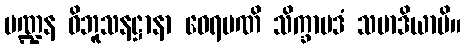
မဏ္ဍန ဝိဘူသနဋ္ဌာနာ ဝေရမဏိ သိက္ခာပဒံ သမာဒိယာမိ။